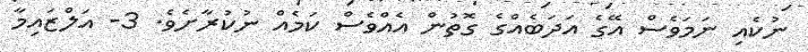
ނުކެއި ނަމަވެސް އޭގެ އަދަބެއްގެ ގޮތުން އެއްވެސް ކަމެއް ނުކުރާށެވެ. 3- އަލްޒައިމާ